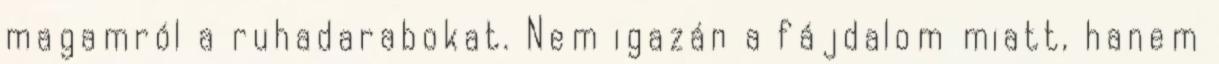
magamról a ruhadarabokat. Nem igazán a fájdalom miatt, hanem